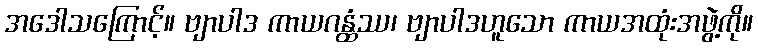
အဒေါသကြောင့်။ ဗျာပါဒ ကာယဂန္ထံဿ၊ ဗျာပါဒဟူသော ကာယအထုံးအဖွဲ့ကို။